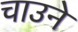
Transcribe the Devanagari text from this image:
चाउने